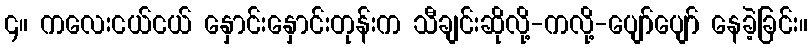
၄။ ကလေးငယ်ငယ် နှောင်းနှောင်းတုန်းက သီချင်းဆိုလို့-ကလို့-ပျော်ပျော် နေခဲ့ခြင်း။